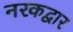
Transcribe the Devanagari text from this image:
नरकद्वार